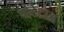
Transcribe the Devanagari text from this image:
पोटेटोज